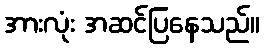
အားလုံး အဆင်ပြနေသည်။